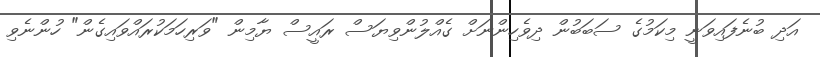
އަދި ބުނެފައިވަނީ މިކަމުގެ ސަބަބުން ދިވެހިންނަށް ގެއްލުންވިޔަސް ރައީސް ޔާމިން "ވަރިހަމަކުރައްވައިގެން" ހުންނެވި